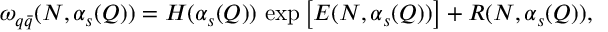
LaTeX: \omega _ { q \bar { q } } ( N , \alpha _ { s } ( Q ) ) = H ( \alpha _ { s } ( Q ) ) \, \exp \left[ E ( N , \alpha _ { s } ( Q ) ) \right] + R ( N , \alpha _ { s } ( Q ) ) ,